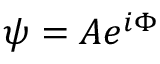
\psi = A e ^ { i \Phi }